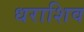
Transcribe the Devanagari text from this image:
धराशिव